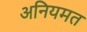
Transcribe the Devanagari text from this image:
अनियमत